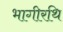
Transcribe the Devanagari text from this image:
भागीरथि